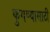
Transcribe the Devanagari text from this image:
फुगण्यासाठी